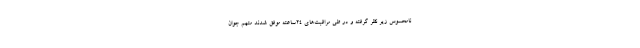
نامحسوس زیر نظر گرفته و در طی مراقبت‌های ۲۴ساعته موفق شدند متهم جوان